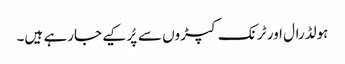
ہولڈرال اور ٹرنک کپڑوں سے پُر کیے جارہے ہیں۔